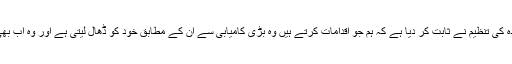
انہوں نے کہا’’القاعدہ کی تنظیم نے ثابت کر دیا ہے کہ ہم جو اقدامات کرتے ہیں وہ بڑی کامیابی سے ان کے مطابق خود کو ڈھال لیتی ہے اور وہ اب بھی ایسا ہی کرے گی۔